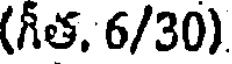
(గీత, 6/30)